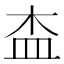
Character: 㭗